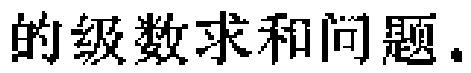
的级数求和问题.